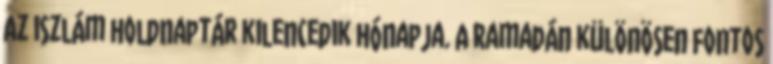
Az iszlám holdnaptár kilencedik hónapja. A Ramadán különösen fontos